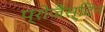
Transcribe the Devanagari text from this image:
प्रोजैस्टिन